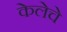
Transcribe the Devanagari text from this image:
केलेचे